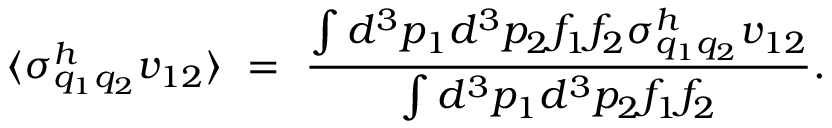
\langle \sigma _ { q _ { 1 } q _ { 2 } } ^ { h } v _ { 1 2 } \rangle \ = \ { \frac { \int d ^ { 3 } p _ { 1 } d ^ { 3 } p _ { 2 } f _ { 1 } f _ { 2 } \sigma _ { q _ { 1 } q _ { 2 } } ^ { h } v _ { 1 2 } } { \int d ^ { 3 } p _ { 1 } d ^ { 3 } p _ { 2 } f _ { 1 } f _ { 2 } } } .